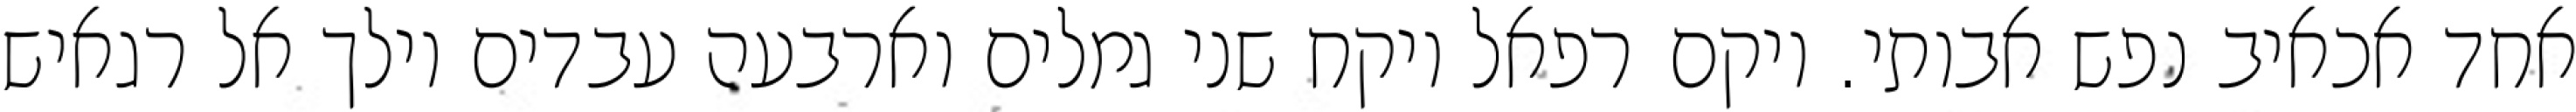
אחד אכאיב נפש אבותי. ויקם רפאל ויקח שני גמלים וארבעה עבדים וילך אל רגאיש